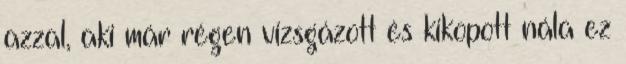
azzal, aki már régen vizsgázott és kikopott nála ez